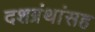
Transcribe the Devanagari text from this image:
दशग्रंथांसह